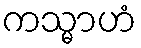
ကသ္မာဟံ